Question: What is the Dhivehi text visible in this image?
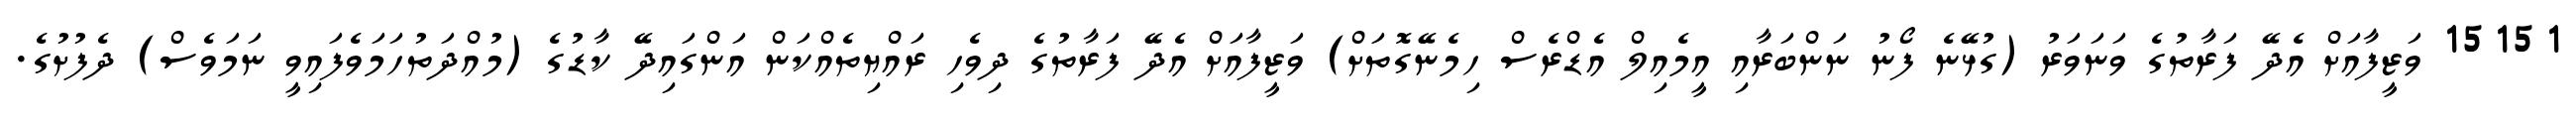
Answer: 15151 ވަޒީފާއަށް އެދޭ ފަރާތުގެ ވަނަވަރު (ގުޅޭނެ ފޯނު ނަންބަރާއި އީމެއިލް އެޑްރެސް ހިމެނޭގޮތަށް) ވަޒީފާއަށް އެދޭ ފަރާތުގެ ދިވެހި ރައްޔިތެއްކަން އަންގައިދޭ ކާޑުގެ (މުއްދަތުހަމަވެފައިވީ ނަމަވެސް) ދެފުށުގެ.